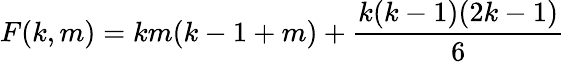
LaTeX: F(k,m)=km(k-1+m)+{\frac{k(k-1)(2k-1)}{6}}